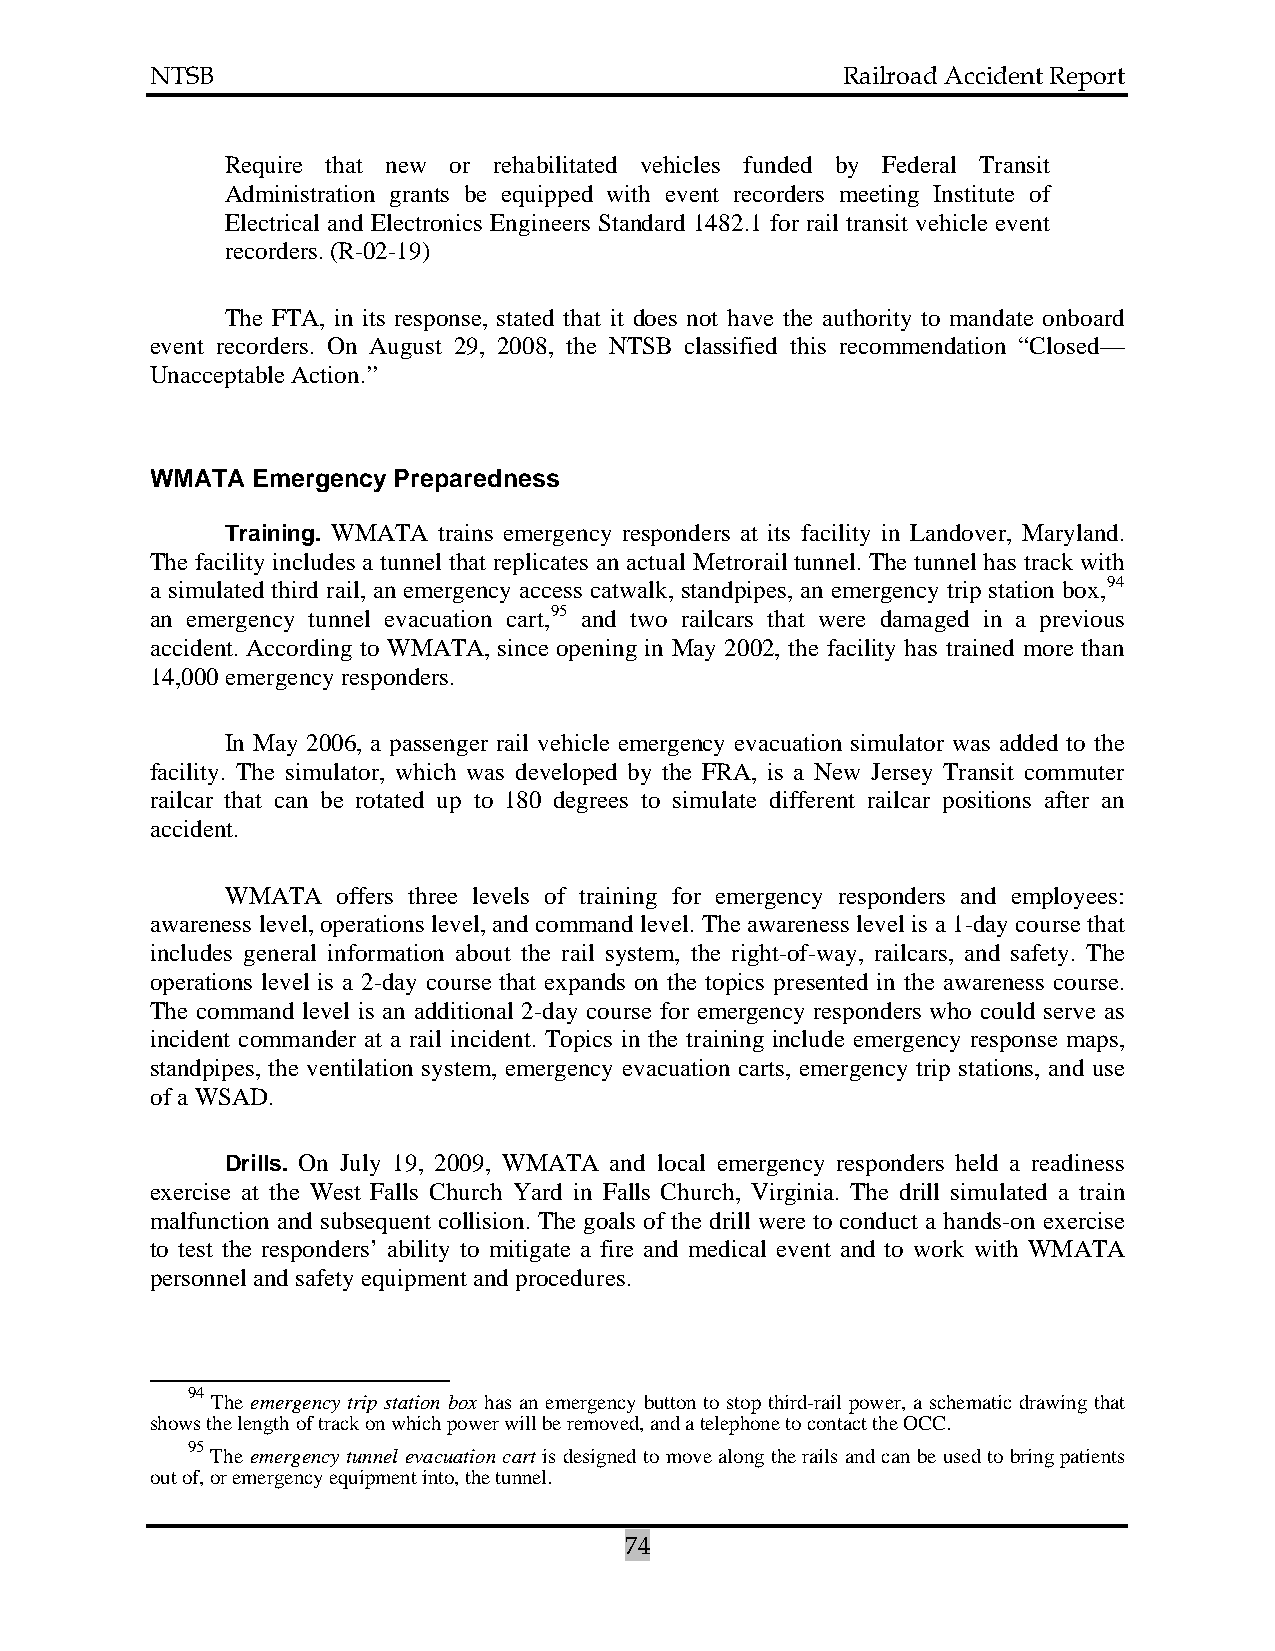
NTSB                                          Railroad Accident Report
 Require that new or rehabilitated vehicles funded by Federal Transit
 Administration grants be equipped with event recorders meeting Institute of
 Electrical and Electronics Engineers Standard 1482.1 for rail transit vehicle event
 recorders. (R-02-19)
 The FTA, in its response, stated that it does not have the authority to mandate onboard
 event recorders. On August 29, 2008, the NTSB classified this recommendation “Closed—
 Unacceptable Action.”
 WMATA  Emergency Preparedness
 Training. WMATA trains emergency responders at its facility in Landover, Maryland.
 The facility includes a tunnel that replicates an actual Metrorail tunnel. The tunnel has track with
 a simulated third rail, an emergency access catwalk, standpipes, an emergency trip station box,94
 an emergency tunnel evacuation cart,95 and two railcars that were damaged in a previous
 accident. According to WMATA, since opening in May 2002, the facility has trained more than
 14,000 emergency responders.
 In May 2006, a passenger rail vehicle emergency evacuation simulator was added to the
 facility. The simulator, which was developed by the FRA, is a New Jersey Transit commuter
 railcar that can be rotated up to 180 degrees to simulate different railcar positions after an
 accident.
 WMATA  offers three levels of training for emergency responders and employees:
 awareness level, operations level, and command level. The awareness level is a 1-day course that
 includes general information about the rail system, the right-of-way, railcars, and safety. The
 operations level is a 2-day course that expands on the topics presented in the awareness course.
 The command level is an additional 2-day course for emergency responders who could serve as
 incident commander at a rail incident. Topics in the training include emergency response maps,
 standpipes, the ventilation system, emergency evacuation carts, emergency trip stations, and use
 of a WSAD.
 Drills. On July 19, 2009, WMATA and local emergency responders held a readiness
 exercise at the West Falls Church Yard in Falls Church, Virginia. The drill simulated a train
 malfunction and subsequent collision. The goals of the drill were to conduct a hands-on exercise
 to test the responders’ ability to mitigate a fire and medical event and to work with WMATA
 personnel and safety equipment and procedures.
 94
 The emergency trip station box has an emergency button to stop third-rail power, a schematic drawing that
 shows the length of track on which power will be removed, and a telephone to contact the OCC.
 95
 The emergency tunnel evacuation cart is designed to move along the rails and can be used to bring patients
 out of, or emergency equipment into, the tunnel.
 74